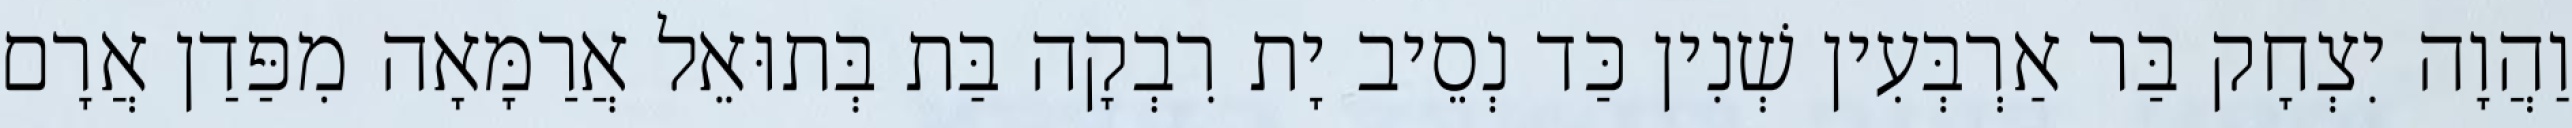
וַהֲוָה יִצְחָק בַּר אַרְבְּעִין שְׁנִין כַּד נְסֵיב יָת רִבְקָה בַּת בְּתוּאֵל אֲרַמָּאָה מִפַּדַן אֲרָם